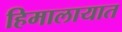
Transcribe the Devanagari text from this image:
हिमालायात